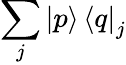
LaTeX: \sum_{j}\mathinner{|{p}\rangle}\mathinner{\langle{q}|}_{j}